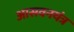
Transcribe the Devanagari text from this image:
आसवनयंत्र